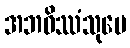
အဘဝိဿံသုပေ